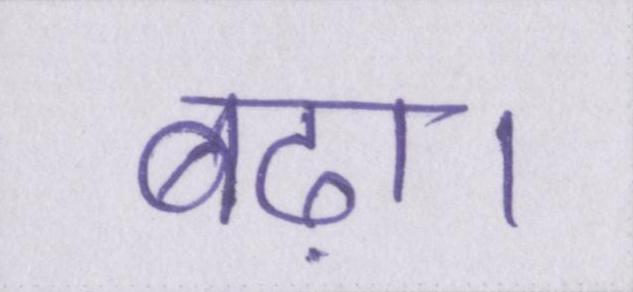
बढ़ा।